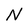
Character: N